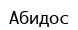
Абидос